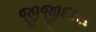
જીજીદાસ